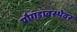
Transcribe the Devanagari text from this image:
पौगंडावस्थेवर